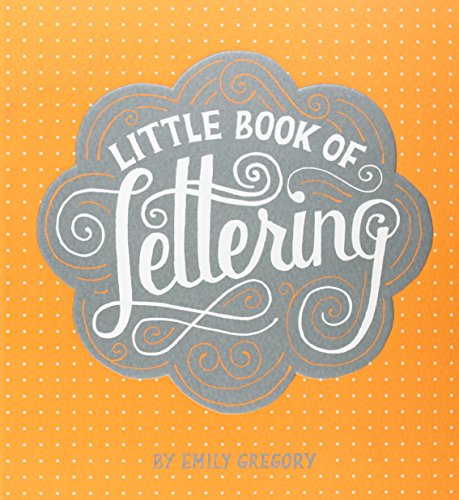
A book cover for Little Book of Lettering; Emily Gregory; Arts & Photography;